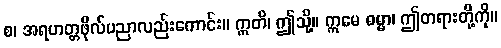
စ၊ အရဟတ္တဖိုလ်ပညာလည်းကောင်း။ ဣတိ၊ ဤသို့။ ဣမေ ဓမ္မာ၊ ဤတရားတို့ကို။